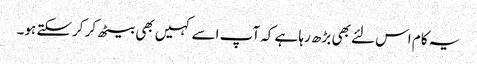
یہ کام اس لئے بھی بڑھ رہا ہے کہ آپ اسے کہیں بھی بیٹھ کر کرسکتے ہو۔